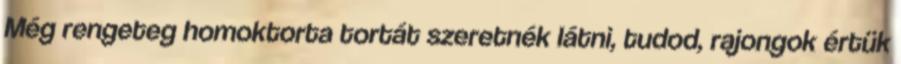
Még rengeteg homoktorta tortát szeretnék látni, tudod, rajongok értük